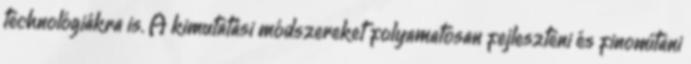
technológiákra is. A kimutatási módszereket folyamatosan fejleszteni és finomítani